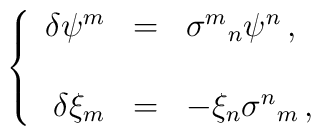
\left\{\begin{array}{rcl}\delta \psi^{m} & = & \sigma^{m}{}_{n}\psi^{n}\, ,\\& & \\\delta \xi_{m} & = & -\xi_{n}\sigma^{n}{}_{m}\, ,\\\end{array}\right.